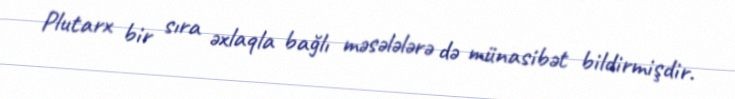
Plutarx bir sıra əxlaqla bağlı məsələlərə də münasibət bildirmişdir.